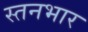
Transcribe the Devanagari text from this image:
स्तनभार